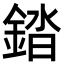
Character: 錔